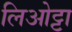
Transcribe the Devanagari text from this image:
लिओट्टा